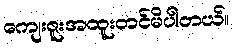
ကျေးဇူးအထူးတင်မိပါတယ်။